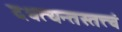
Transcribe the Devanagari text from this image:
दधत्यन्तस्तत्त्वं